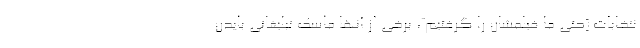
نتخابات [حتی ما فیلمشان را گرفتیم]، برخی از آنها ماسک تبلیغاتی بایدن